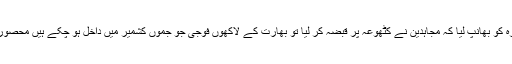
بھارت نے خطرہ کو بھانپ لیا کہ مجاہدین نے کٹھوعہ پر قبضہ کر لیا تو بھارت کے لاکھوں فوجی جو جموں کشمیر میں داخل ہو چکے ہیں محصور ہو جائیں گے ۔